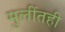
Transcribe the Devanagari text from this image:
मुलींतही